Indian journal of veterinary science and animal husbandry - Volumes 26-27, 1956-1957
Year: 1956
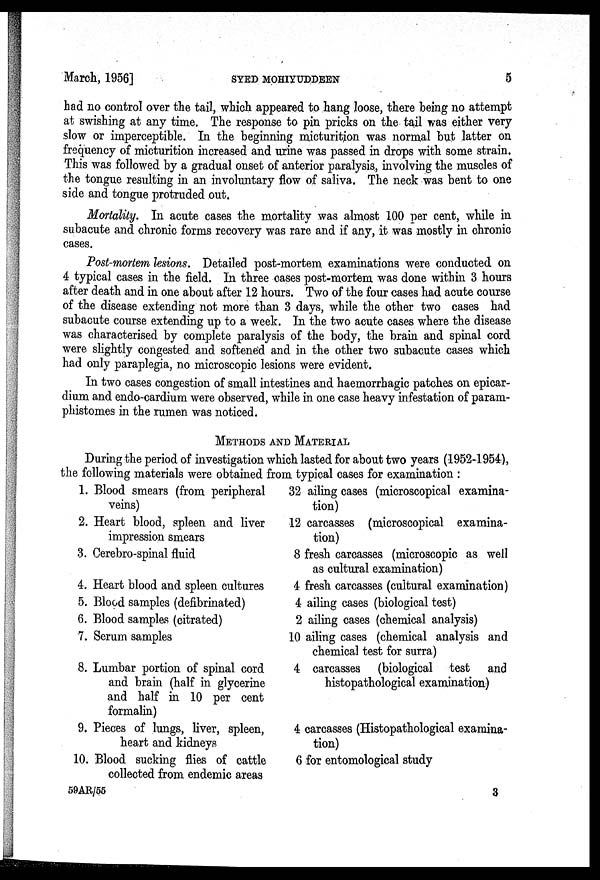
March, 1956]
SYED
MOHIYUDDEEN
5
had no control over the tail, which appeared to hang loose, there being no attempt
at swishing at any time. The response to pin pricks on the tail was either very
slow or imperceptible. In the beginning micturition was normal but latter on
frequency of micturition increased and urine was passed in drops with some strain.
This was followed by a gradual onset of anterior paralysis, involving the muscles of
the tongue resulting in an involuntary flow of saliva. The neck was bent to one
side and tongue protruded out.
Mortality. In acute cases the mortality was almost 100 per cent, while in
subacute and chronic forms recovery was rare and if any, it was mostly in chronic
cases.
Post-mortem lesions. Detailed post-mortem examinations were conducted on
4 typical cases in the field. In three cases post-mortem was done within 3 hours
after death and in one about after 12 hours. Two of the four cases had acute course
of the disease extending not more than 3 days, while the other two cases had
subacute course extending up to a week. In the two acute cases where the disease
was characterised by complete paralysis of the body, the brain and spinal cord
were slightly congested and softened and in the other two subacute cases which
had only paraplegia, no microscopic lesions were evident.
In two cases congestion of small intestines and haemorrhagic patches on epicar-
dium and endo-cardium were observed, while in one case heavy infestation of param-
phistomes in the rumen was noticed.
METHODS AND MATERIAL
During the period of investigation which lasted for about two years (1952-1954),
the following materials were obtained from typical cases for examination :
1. Blood smears (from peripheral
veins)
2. Heart blood, spleen and liver
impression smears
3. Cerebro-spinal fluid
4. Heart blood and spleen cultures
5. Blood samples (defibrinated)
6. Blood samples (citrated)
7. Serum samples
8. Lumbar portion of spinal cord
and brain (half in glycerine
and half in 10 per cent
formalin)
9. Pieces of lungs, liver, spleen,
heart and kidneys
10. Blood sucking flies of cattle
collected from endemic areas
32 ailing cases (microscopical examina-
tion)
12 carcasses (microscopical examina-
tion)
8 fresh carcasses (microscopic as well
as cultural examination)
4 fresh carcasses (cultural examination)
4 ailing cases (biological test)
2 ailing cases (chemical analysis)
10 ailing cases (chemical analysis and
chemical test for surra)
4 carcasses (biological test and
histopathological examination)
4 carcasses (Histopathological examina-
tion)
6 for entomological study
59AR/55
3